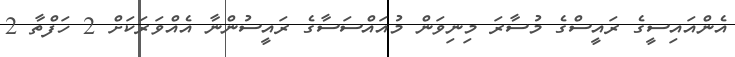
އެންއައިސީގެ ރައީސްގެ މުސާރަ މިނިވަން މުއައްސަސާގެ ރައީސުންނާ އެއްވަރަކަށް 2 ހަފްތާ 2